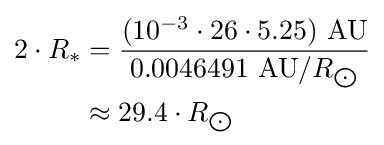
{\begin{aligned}2\cdot R_{*}&={\frac {(10^{-3}\cdot 26\cdot 5.25)\ {\text{AU}}}{0.0046491\ {\text{AU}}/R_{\bigodot }}}\\&\approx 29.4\cdot R_{\bigodot }\end{aligned}}